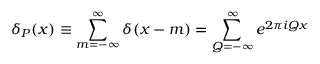
\delta _ { P } ( x ) \equiv \sum _ { m = - \infty } ^ { \infty } \delta ( x - m ) = \sum _ { Q = - \infty } ^ { \infty } e ^ { 2 \pi i Q x }